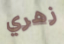
زهري